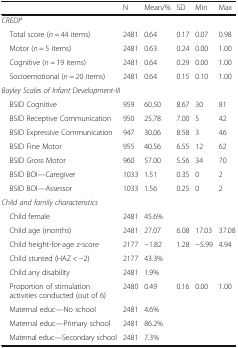
|  | N | Mean/% | SD | Min | Max |
 | --- | --- | --- | --- | --- | --- |
 | <COLSPAN=6> CREDIa |
 | Total score (n = 44 items) | 2481 | 0.64 | 0.17 | 0.07 | 0.98 |
 | Motor (n = 5 items) | 2481 | 0.63 | 0.24 | 0.00 | 1.00 |
 | Cognitive (n = 19 items) | 2481 | 0.64 | 0.29 | 0.00 | 1.00 |
 | Socioemotional (n = 20 items) | 2481 | 0.64 | 0.15 | 0.10 | 1.00 |
 | <COLSPAN=6> Bayley Scales of Infant Development-III |
 | BSID Cognitive | 959 | 60.50 | 8.67 | 30 | 81 |
 | BSID Receptive Communication | 950 | 25.78 | 7.00 | 5 | 42 |
 | BSID Expressive Communication | 947 | 30.06 | 8.58 | 3 | 46 |
 | BSID Fine Motor | 955 | 40.56 | 6.55 | 12 | 62 |
 | BSID Gross Motor | 960 | 57.00 | 5.56 | 34 | 70 |
 | BSID BOI—Caregiver | 1033 | 1.51 | 0.35 | 0 | 2 |
 | BSID BOI—Assessor | 1033 | 1.56 | 0.25 | 0 | 2 |
 | <COLSPAN=6> Child and family characteristics |
 | Child female | 2481 | 45.6% |  |  |  |
 | Child age (months) | 2481 | 27.07 | 6.08 | 17.03 | 37.08 |
 | Child height-for-age z-score | 2177 | −1.82 | 1.28 | −5.99 | 4.94 |
 | Child stunted (HAZ < −2) | 2177 | 43.3% |  |  |  |
 | Child any disability | 2481 | 1.9% |  |  |  |
 | Proportion of stimulation activities conducted (out of 6) | 2480 | 0.49 | 0.16 | 0.00 | 1.00 |
 | Maternal educ—No school | 2481 | 4.6% |  |  |  |
 | Maternal educ—Primary school | 2481 | 86.2% |  |  |  |
 | Maternal educ—Secondary school | 2481 | 7.3% |  |  |  |